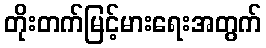
တိုးတက်မြင့်မားရေးအတွက်